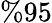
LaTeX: \% 95